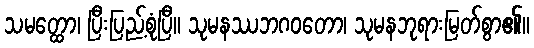
သမတ္ထော၊ ပြီးပြည့်စုံပြီ။ သုမနဿဘဂဝတော၊ သုမနဘုရားမြတ်စွာ၏။